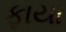
ફાયા